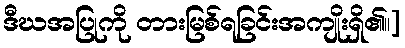
ဒီဃအပြုကို တားမြစ်ရခြင်းအကျိုးရှိ၏။]